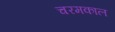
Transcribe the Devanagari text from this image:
चरमकाल